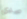
صدى